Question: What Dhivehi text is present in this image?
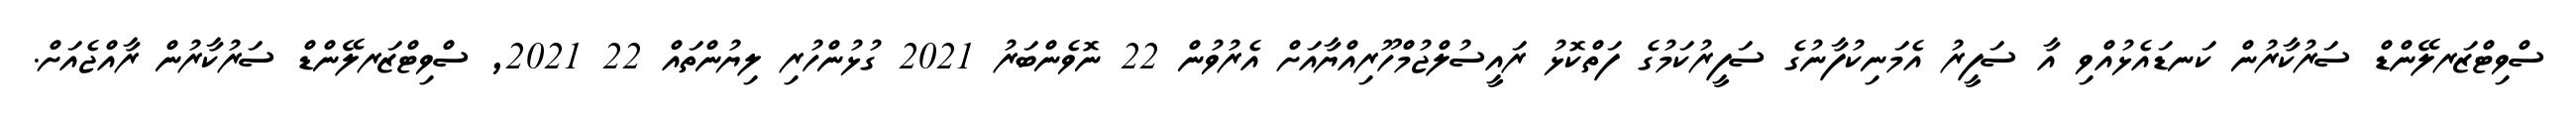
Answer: ސްވިޓްޒަރލޭންޑް ސަރުކާރުން ކަނޑައެޅުއްވި އާ ސަފީރު އެމަނިކުފާނުގެ ސަފީރުކަމުގެ ފަތްކޮޅު ރައީސުލްޖުމްހޫރިއްޔާއަށް އެރުވުން 22 ނޮވެންބަރު 2021 ގުޅުންހުރި ލިޔުންތައް 22 2021, ސްވިޓްޒަރލޭންޑް ސަރުކާރުން ރާއްޖެއަށް.